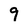
Character: 9